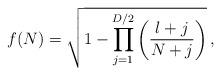
LaTeX: \begin{align*}f(N)=\sqrt{1-\prod_{j=1}^{D/2}\left(\frac{l+j}{N+j}\right)}\,,\end{align*}